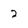
Character: 2